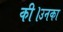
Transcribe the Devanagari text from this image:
की।उनका